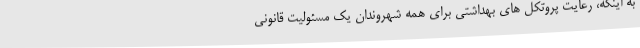
به اینکه، رعایت پروتکل های بهداشتی برای همه شهروندان یک مسئولیت قانونی